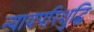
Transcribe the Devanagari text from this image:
न्यायपरिशुद्धि